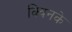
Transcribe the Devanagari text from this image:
क्विनके